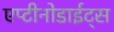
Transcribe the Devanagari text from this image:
एप्टीनोडाईट्स